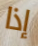
إذا